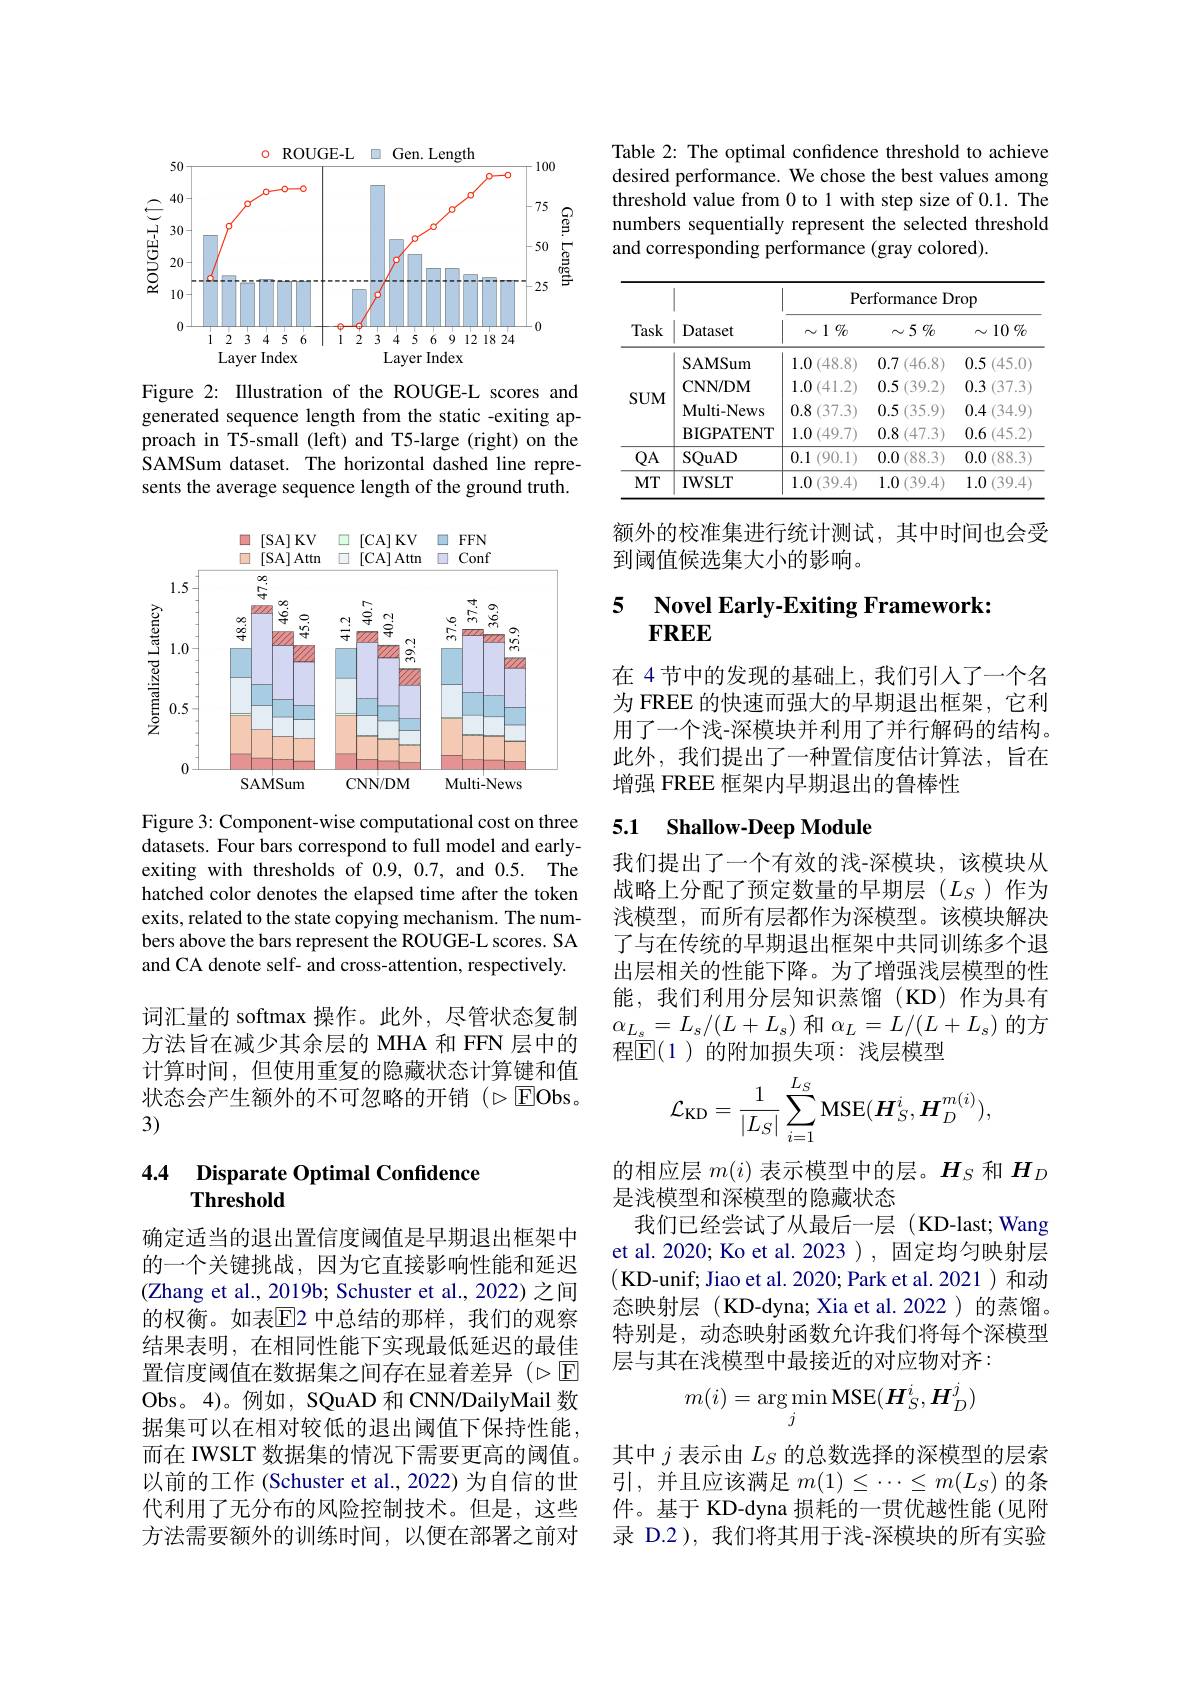
<FigureHere>

Figure 2: Illustration of the ROUGE-L scores and generated sequence length from the static -exiting approach in T5-small (left) and T5-large (right) on the SAMSum dataset. The horizontal dashed line represents the average sequence length of the ground truth.

<FigureHere>

Figure 3: Component-wise computational cost on three datasets. Four bars correspond to full model and earlyexiting with thresholds of 0.9,0.7, and 0.5. The hatched color denotes the elapsed time after the token exits, related to the state copying mechanism. The numbers above the bars represent the ROUGE-L scores. SA and CA denote self- and cross-attention, respectively. 词汇量的 softmax 操作。此外，尽管状态复制方法旨在减少其余层的 MHA 和 FFN 层中的计算时间，但使用重复的隐藏状态计算键和值状态会产生额外的不可忽略的开销($\triangleright$EObs。3)

### 4.4 Disparate Optimal Confidence Threshold

确定适当的退出置信度阈值是早期退出框架中的一个关键挑战，因为它直接影响性能和延迟(Zhang et al., 2019b; Schuster et al., 2022) 之间的权衡。如表$\overline{\mathrm{E}}$2 中总结的那样，我们的观察结果表明，在相同性能下实现最低延迟的最佳置信度阈值在数据集之间存在显着差异(>回Obs。4)。例如，SQuAD 和 CNN/DailyMail 数据集可以在相对较低的退出阈值下保持性能而在 IWSLT 数据集的情况下需要更高的阈值。以前的工作 (Schuster et al., 2022) 为自信的世代利用了无分布的风险控制技术。但是，这些方法需要额外的训练时间，以便在部署之前对

Table 2: The optimal confidence threshold to achieve desired performance. We chose the best values among threshold value from 0 to 1 with step size of 0.1. The numbers sequentially represent the selected threshold and corresponding performance (gray colored).

<table>
	<tbody>
		<tr>
			<th rowspan="2">Task</th>
			<th rowspan="2">Dataset</th>
			<th colspan="3">Performance Drop</th>
		</tr>
		<tr>
			<th>$\sim1\%$</th>
			<th>$\sim5\%$</th>
			<th>$\sim 10$ $\%$</th>
		</tr>
		<tr>
			<td rowspan="4">$SUM$</td>
			<td>SAMSum</td>
			<td>1.0 (48.8)</td>
			<td>0.7 (46.8)</td>
			<td>0.5 (45.0)</td>
		</tr>
		<tr>
			<td>CNN/ DM</td>
			<td>1.0(41.2)</td>
			<td>0.5 5(39.2)</td>
			<td>0.3 3(37.3) </td>
		</tr>
		<tr>
			<td>Multi- News</td>
			<td>0.8 3(37.3) </td>
			<td>0.5 5(35.9)</td>
			<td>0.4 $\cdot(34.9$</td>
		</tr>
		<tr>
			<td>BIGPATENT</td>
			<td>1.0(49.7)</td>
			<td>0.8 (47.3)</td>
			<td>0.6 $i(45.2$ </td>
		</tr>
		<tr>
			<td>$QA$</td>
			<td>SQuAD</td>
			<td>0.1 (90,1)</td>
			<td>0.0 (88.3)</td>
			<td>0.0 (88.3)</td>
		</tr>
		<tr>
			<td>$MT$</td>
			<td>IWSLT</td>
			<td>1.0 0 (39.4)</td>
			<td>1.0 )(39.4)</td>
			<td>1.0 (39.4</td>
		</tr>
	</tbody>
</table>

额外的校准集进行统计测试，其中时间也会受
到阈值候选集大小的影响。

### 5 $\textbf{Novel Earlv- Exiting Framework}$ $FREE$

在 4 节中的发现的基础上，我们引人了一个名为 FREE 的快速而强大的早期退出框架，它利用了一个浅-深模块并利用了并行解码的结构。此外，我们提出了一种置信度估计算法，旨在增强 FREE 框架内早期退出的鲁棒性

### 5.1 Shallow-Deep Module

我们提出了一个有效的浅-深模块，该模块从战略上分配了预定数量的早期层($L_S$)作为浅模型，而所有层都作为深模型。该模块解决了与在传统的早期退出框架中共同训练多个退出层相关的性能下降。为了增强浅层模型的性能，我们利用分层知识蒸馏(KD)作为具有$\alpha_{L_s}=L_s/(L+L_s)$和$\alpha_L=L/(L+L_s)$的方程$\mathbb{E}(1)$ 的附加损失项：浅层模型
$$\mathcal{L}_{\mathrm{KD}}=\frac{1}{|L_S|}\sum_{i=1}^{L_S}\mathrm{MSE}(\boldsymbol{H}_S^i,\boldsymbol{H}_D^{m(i)}),$$
的相应层$m(i)$表示模型中的层。$H_S$和$H_D$
是浅模型和深模型的隐藏状态
我们已经尝试了从最后一层(KD-last; Wang et al. 2020; Ko et al. 2023 ), 固定均匀映射层(KD-unif; Jiao et al. 2020; Park et al. 2021)和动态映射层(KD-dyna; Xia et al. 2022)的蒸馏。特别是，动态映射函数允许我们将每个深模型层与其在浅模型中最接近的对应物对齐：
$$m(i)=\underset{j}{\arg\min}\mathrm{MSE}(\boldsymbol{H}_S^i,\boldsymbol{H}_D^j)$$
其中$j$表示由$L_S$的总数选择的深模型的层索引，并且应该满足$m(1)\leq\cdots\leq m(L_S)$的条件。基于 KD-dyna 损耗的一贯优越性能(见附录 D.2),我们将其用于浅-深模块的所有实验